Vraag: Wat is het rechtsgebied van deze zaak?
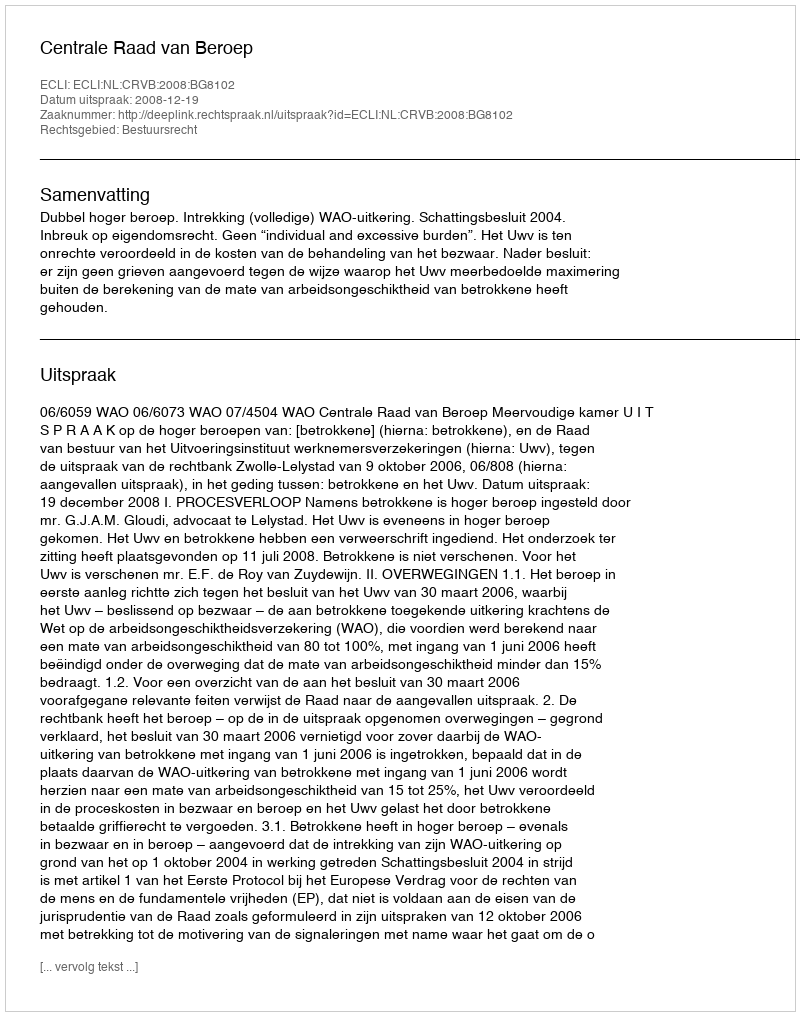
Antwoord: Bestuursrecht